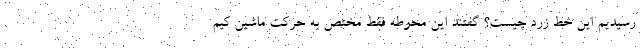
رسیدیم این خط زرد چیست؟ گفتند این محوطه فقط مختص به حرکت ماشین کیم